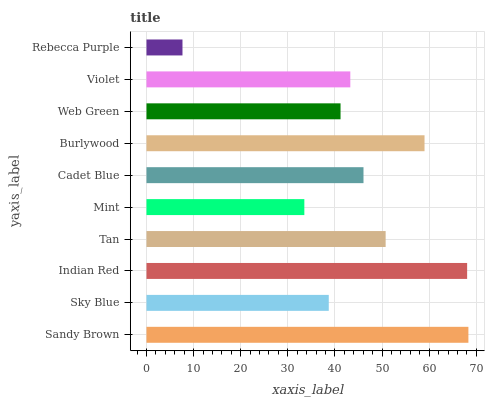
| yaxis_label | bars |
 | --- | --- |
 | Sandy Brown | 68.3 |
 | Sky Blue | 38.7 |
 | Indian Red | 68.1 |
 | Tan | 50.8 |
 | Mint | 33.5 |
 | Cadet Blue | 46.1 |
 | Burlywood | 59 |
 | Web Green | 41.2 |
 | Violet | 43.3 |
 | Rebecca Purple | 7.64 |